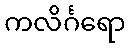
ကလိင်္ဂရော